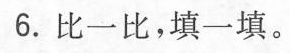
6.比一比，填一填。